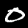
Label: 0